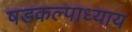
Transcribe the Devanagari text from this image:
षडकल्पाध्याय